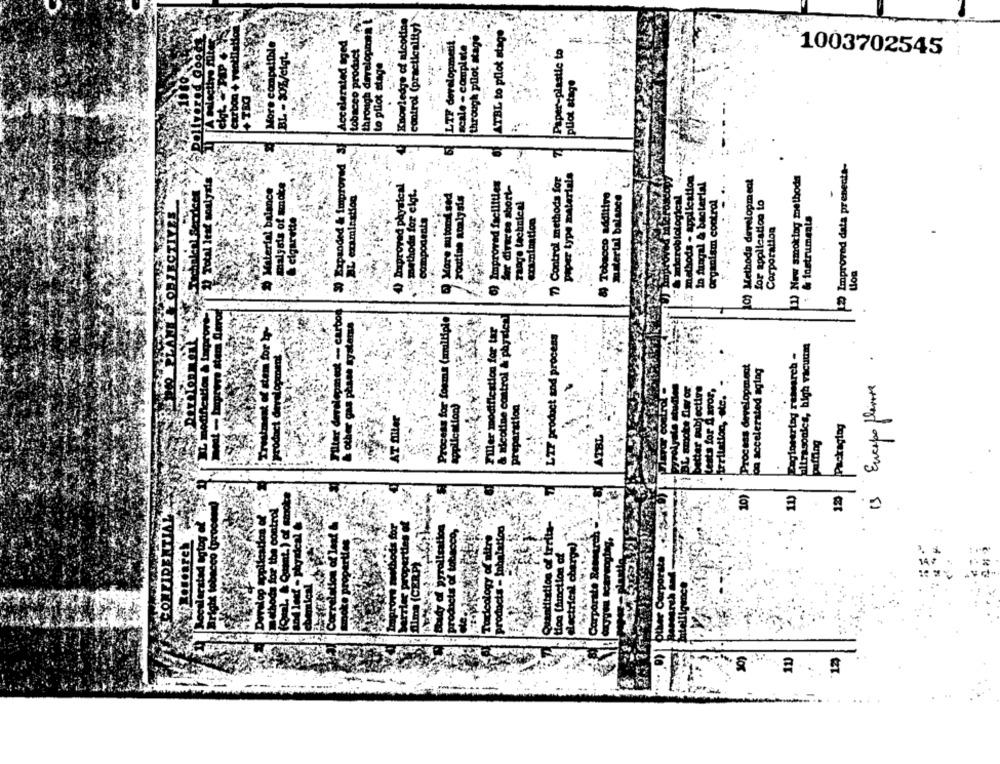
Knowledge of nicotine
control (practicality)
through develop en
ATBL to pllot stage
through pilot stage
Accelerated aged
LTF development
scale - complete
BL - SOL/ciqt
tobacco product
Paper-plastic to
1003702545
to pilot stage
pilot stage
+ TRG
Mort
3 Expanded & Improved
120 Improved data prenects-
paper type materials
[1) New smoking methods
Total leaf soalysis
malfais of smoke
6) Improved facilities
7) Control methods for
10) Methoda development
Material balance
4) Improved physical
1. methods for elgt.
der diversa short-
BL examination
More autori sed
routine analysis
Tobacco additive
material balance
OBJECTIVES
range technics!
for application to
& cigarette
Compodents
examination
& lostrumento
Corporation
other gas phase systems
Process for foams (multiple
Filler modiflestion for tar
& nicotine control & phy
LIF prodoct and process
Paginearing research -
ultrasonles, high vacuum
Filter development -
Process development
og accelerated aging
smoke Diwy or
better subjective
keats for A avor,
Encapo flavor
Peror control
irritation, etc.
application)
preparation
AT Siter
Packaging
ATBL
puffing
.
3
10)
11)
12
control
products - Inhalation
Toxicology of aitre
Quantitation of trri
electrical charge)
tion (function of
(CERP)
a .